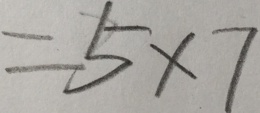
= 5 \times 7